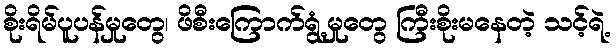
စိုးရိမ်ပူပန်မှုတွေ၊ ဖိစီးကြောက်ရွံ့မှုတွေ ကြီးစိုးမနေတဲ့ သင့်ရဲ့